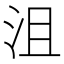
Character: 沮